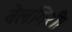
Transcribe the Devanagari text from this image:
बेलगिरी।